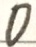
0